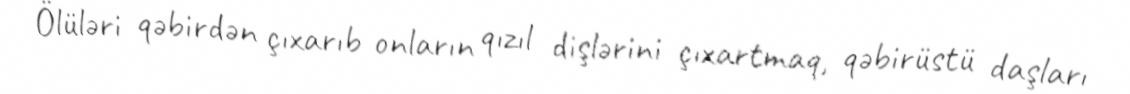
Ölüləri qəbirdən çıxarıb onların qızıl dişlərini çıxartmaq, qəbirüstü daşları